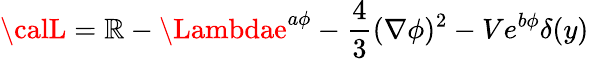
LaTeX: {\calL}=\mathbb{R}-\Lambdae^{a\phi}-\frac{{4}}{{3}}(\nabla\phi)^{2}-Ve^{b\phi}\delta(y)